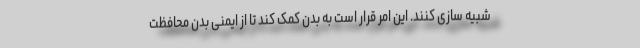
شبیه سازی کنند. این امر قرار است به بدن کمک کند تا از ایمنی بدن محافظت